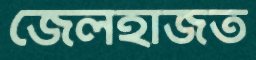
জেলহাজত